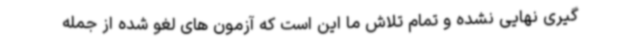
گیری نهایی نشده و تمام تلاش ما این است که آزمون های لغو شده از جمله